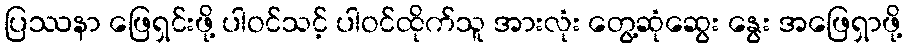
ပြဿနာ ဖြေရှင်းဖို့ ပါဝင်သင့် ပါဝင်ထိုက်သူ အားလုံး တွေ့ဆုံဆွေး နွေး အဖြေရှာဖို့